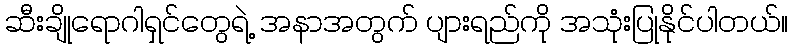
ဆီးချိုရောဂါရှင်တွေရဲ့ အနာအတွက် ပျားရည်ကို အသုံးပြုနိုင်ပါတယ်။